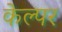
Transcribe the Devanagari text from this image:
केल्पर